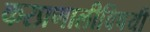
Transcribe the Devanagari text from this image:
करप्रणालीविषयी